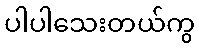
ပါပါသေးတယ်ကွ